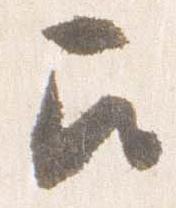
召